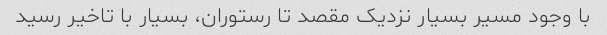
با وجود مسیر بسیار نزدیک مقصد تا رستوران، بسیار با تاخیر رسید